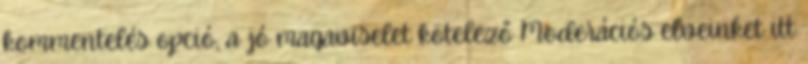
kommentelés opció, a jó magaviselet kötelező Moderációs elveinket itt